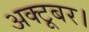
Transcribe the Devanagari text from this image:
अक्टूबर।